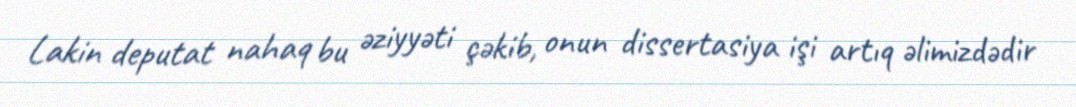
Lakin deputat nahaq bu əziyyəti çəkib, onun dissertasiya işi artıq əlimizdədir